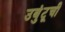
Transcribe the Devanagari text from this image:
उबुंटूची